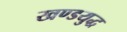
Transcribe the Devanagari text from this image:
खण्डयुद्ध